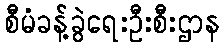
စီမံခန့်ခွဲရေးဦးစီးဌာန